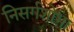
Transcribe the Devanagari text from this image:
निसर्गशोभा